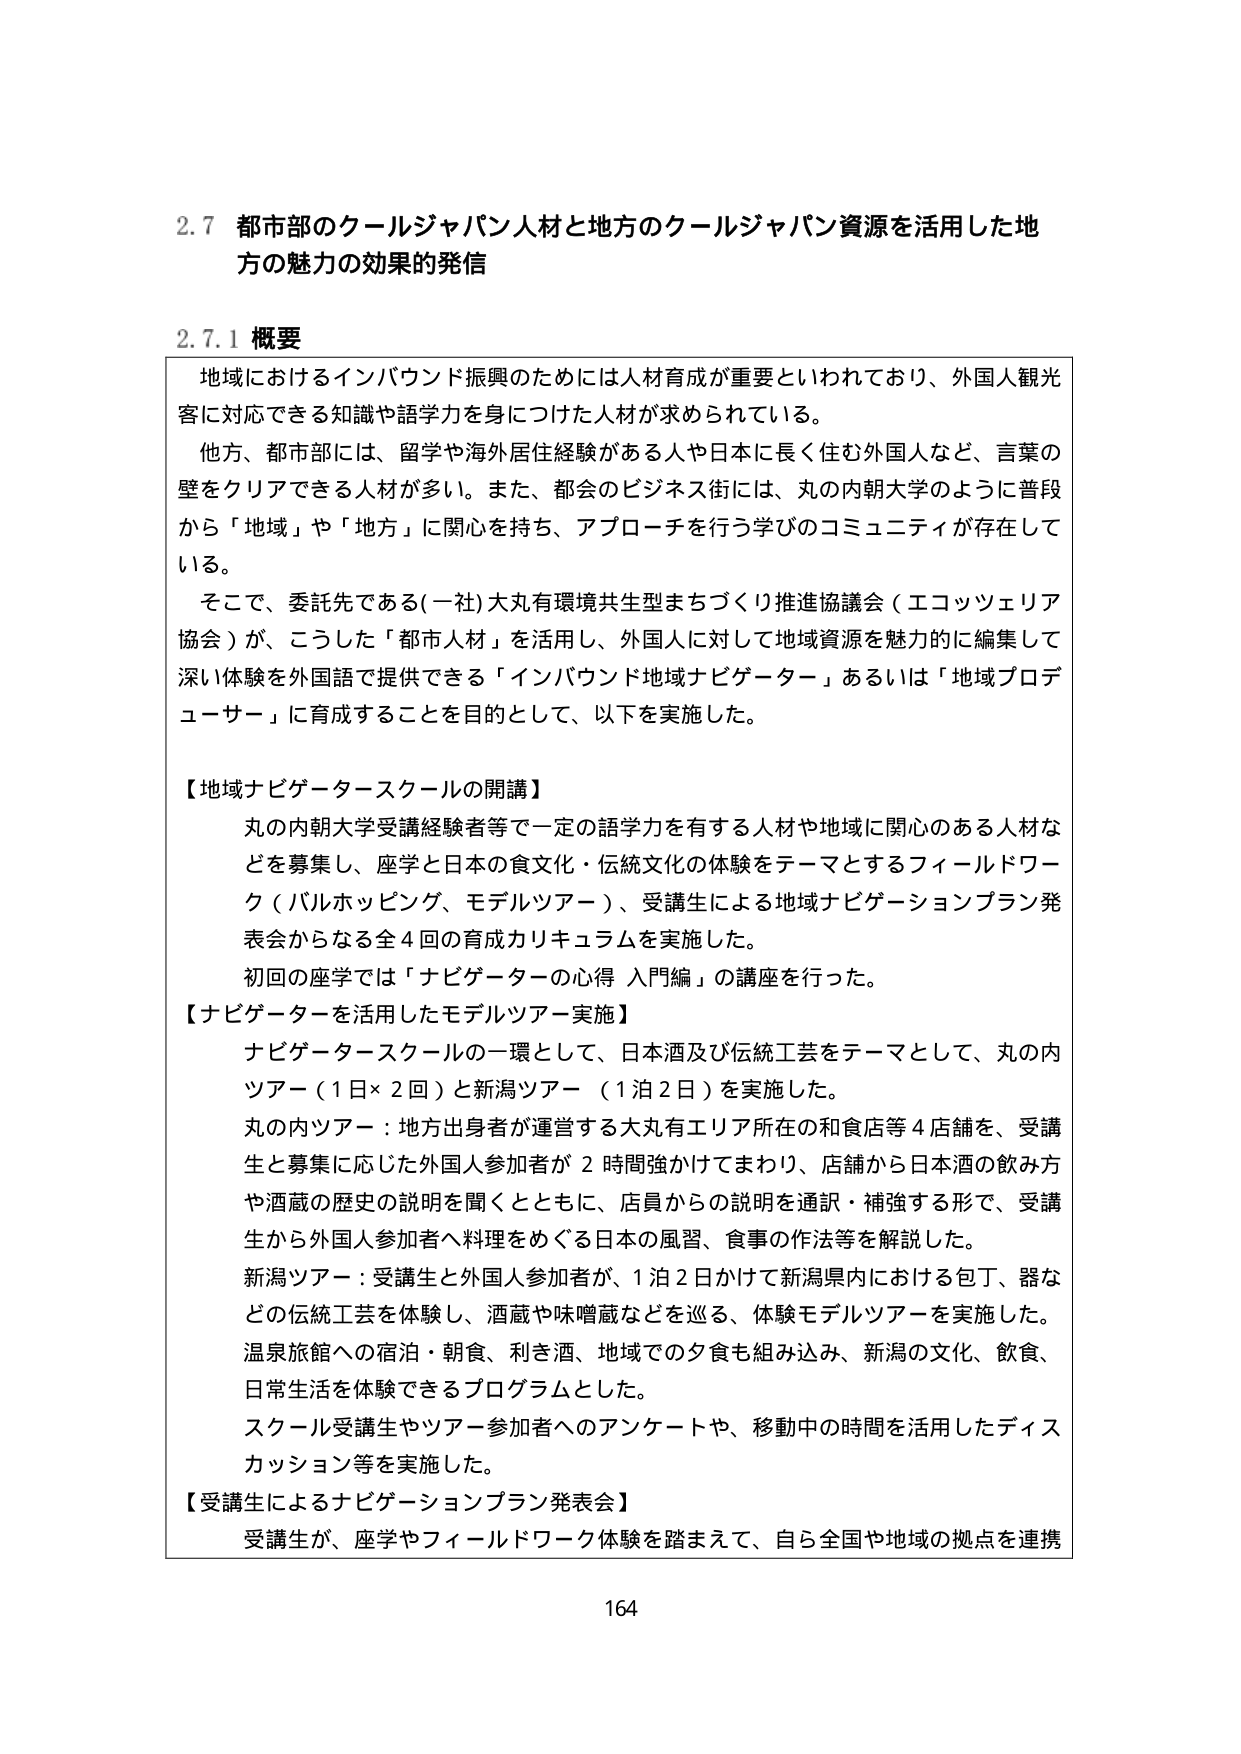
2.7 都市部のクールジャパン人材と地方のクールジャパン資源を活用した地方の魅力の効果的発信

2.7.1 概要

地域におけるインバウンド振興のためには人材育成が重要といわれており、外国人観光客に対応できる知識や語学力を身につけた人材が求められている。

他方、都市部には、留学や海外居住経験がある人や日本に長く住む外国人など、言葉の壁をクリアできる人材が多い。また、都会のビジネス街には、丸の内朝大学のように普段から「地域」や「地方」に関心を持ち、アプローチを行う学びのコミュニティが存在している。

そこで、委託先である(一社)大丸有環境共生型まちづくり推進協議会（エコツェリア協会）が、こうした「都市人材」を活用し、外国人に対して地域資源を魅力的に編集して深い体験を外国語で提供できる「インバウンド地域ナビゲーター」あるいは「地域プロデューサー」に育成することを目的として、以下を実施した。

【地域ナビゲータースクールの開講】

丸の内朝大学受講経験者等で一定の語学力を有する人材や地域に関心のある人材などを募集し、座学と日本の食文化・伝統文化の体験をテーマとするフィールドワーク（バルホッピング、モデルツアー）、受講生による地域ナビゲーションプラン発表会からなる全4回の育成カリキュラムを実施した。

初回の座学では「ナビゲーターの心得 入門編」の講座を行った。

【ナビゲーターを活用したモデルツアー実施】

ナビゲータースクールの一環として、日本酒及び伝統工芸をテーマとして、丸の内ツアー（1日×2回）と新潟ツアー（1泊2日）を実施した。

丸の内ツアー：地方出身者が運営する大丸有エリア所在の和食店等4店舗を、受講生と募集に応じた外国人参加者が2時間強かけてまわり、店舗から日本酒の飲み方や酒蔵の歴史の説明を聞くとともに、店員からの説明を通訳・補強する形で、受講生から外国人参加者へ料理をめぐる日本の風習、食事の作法等を解説した。

新潟ツアー：受講生と外国人参加者が、1泊2日かけて新潟県内における包丁、器などの伝統工芸を体験し、酒蔵や味噌蔵などを巡る、体験モデルツアーを実施した。温泉旅館への宿泊・朝食、利き酒、地域での夕食も組み込み、新潟の文化、飲食、日常生活を体験できるプログラムとした。

スクール受講生やツアー参加者へのアンケートや、移動中の時間を活用したディスカッション等を実施した。

【受講生によるナビゲーションプラン発表会】

受講生が、座学やフィールドワーク体験を踏まえて、自ら全国や地域の拠点を連携

164